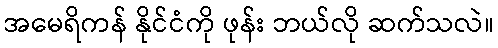
အမေရိကန် နိုင်ငံကို ဖုန်း ဘယ်လို ဆက်သလဲ။